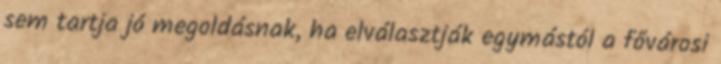
sem tartja jó megoldásnak, ha elválasztják egymástól a fővárosi